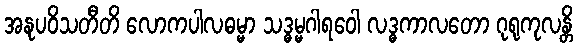
အနုပဝိသတီတိ လောကပါလဓမ္မာ သဒ္ဓမ္မဂါရဝေါ လဒ္ဓကာလတော ဂုရုကုလန္တိ